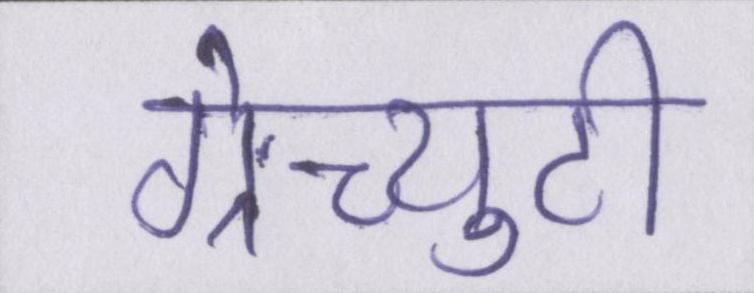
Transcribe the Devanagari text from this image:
ग्रेच्युटी